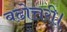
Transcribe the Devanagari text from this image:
बढोत्तरी।